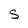
Character: S